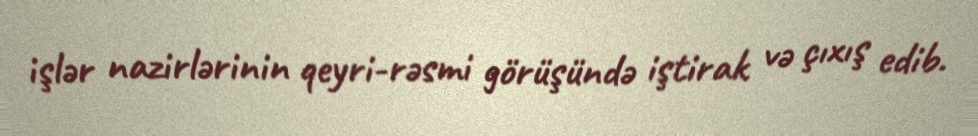
işlər nazirlərinin qeyri-rəsmi görüşündə iştirak və çıxış edib.